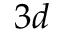
3 d